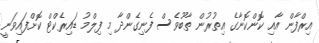
އިރްފާން އާއި ކޮންކޮނާގެ އިތުރުން ތާބޫވެސް ފެނިގެންދާ މި ފިލްމު ޑައިރެކްޓް ކޮށްފައިވަނީ